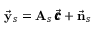
\vec { \bf y } _ { s } = { \bf A } _ { s } \, \vec { \pmb { c } } + \vec { \bf n } _ { s }